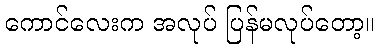
ကောင်လေးက အလုပ် ပြန်မလုပ်တော့။